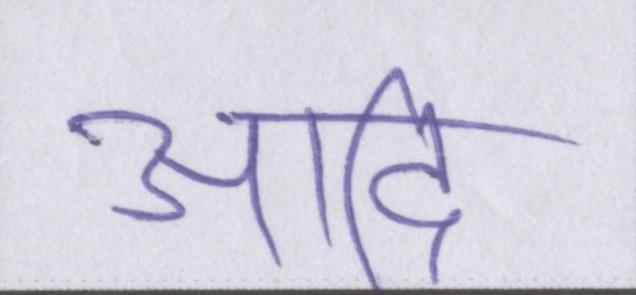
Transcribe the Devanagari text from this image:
आदि